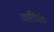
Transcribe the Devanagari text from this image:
यात्रिंकी